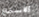
الاستماع